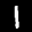
Label: 1